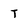
Character: T